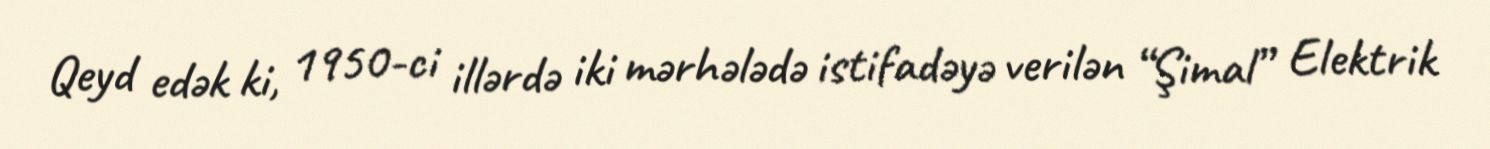
Qeyd edək ki, 1950-ci illərdə iki mərhələdə istifadəyə verilən “Şimal” Elektrik